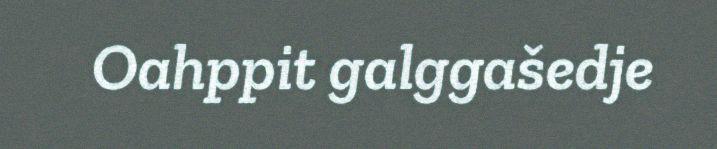
Oahppit galggašedje